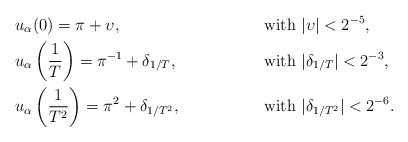
LaTeX: \begin{align*}& u_\alpha(0)=\pi+\upsilon, && \mbox{ with } |\upsilon|<2^{-5}, \\ &u_\alpha\left(\frac{1}{T}\right)=\pi^{-1}+\delta_{1/T}, && \mbox{ with }|\delta_{1/T}|<2^{-3}, \\&u_\alpha\left(\frac{1}{T^2} \right)=\pi^2+\delta_{1/T^2}, && \mbox{ with } |\delta_{1/T^2}|<2^{-6}.\end{align*}